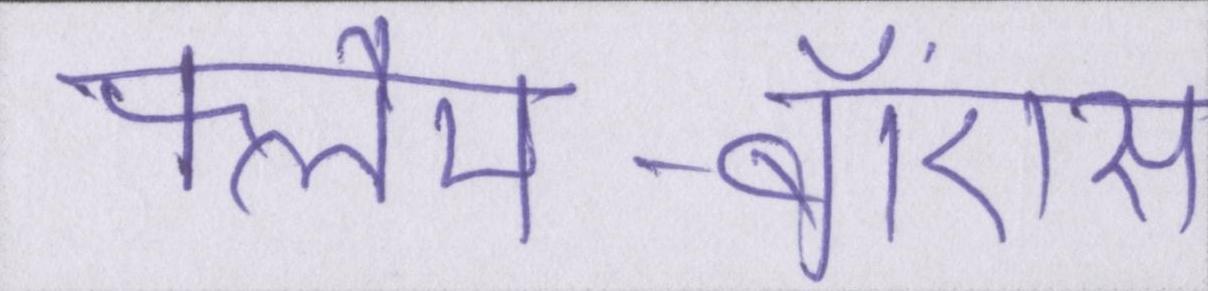
फ्लैम-बॉएंस